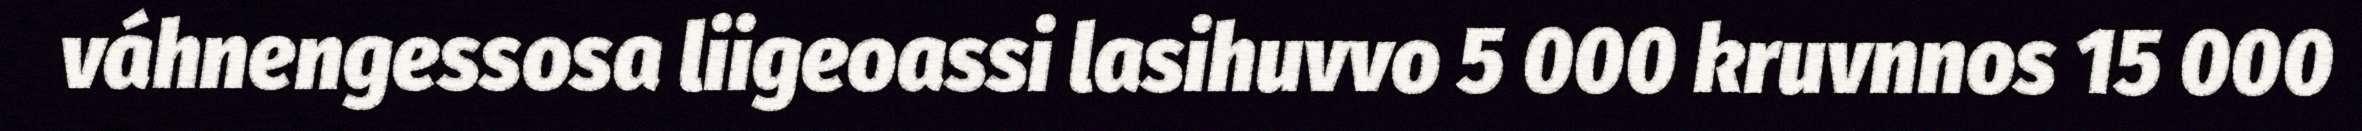
váhnengessosa liigeoassi lasihuvvo 5 000 kruvnnos 15 000